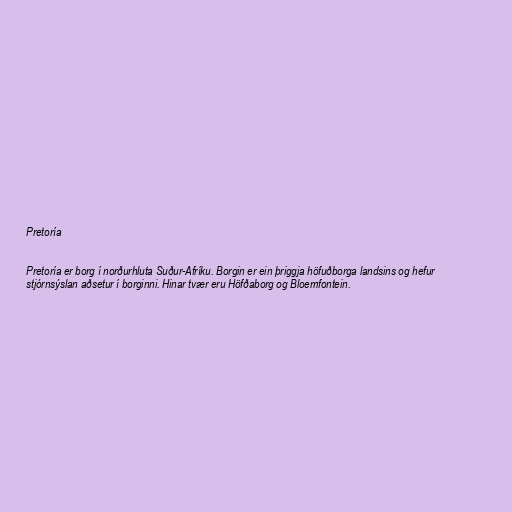
Pretoría

Pretoría er borg í norðurhluta Suður-Afríku. Borgin er ein þriggja höfuðborga landsins og hefur
stjórnsýslan aðsetur í borginni. Hinar tvær eru Höfðaborg og Bloemfontein.